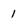
Character: 1